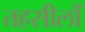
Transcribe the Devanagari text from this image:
तहसीलोँ